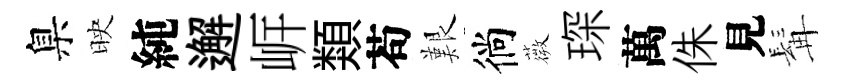
臬映純邂㟁類苟艱徜薇琛萬侏見髯